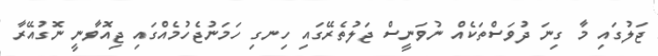
ޖަލުގައި މާ ގިނަ ދުވަސްތަކެއް ނުވަނީސް ޖަލުތެރޭގައި ހިނގި ހަމަނުޖެހުމެއްގައި ޖިއޮވާނީ ނޮގުއޭރާ